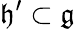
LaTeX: {\mathfrak{h^{\prime}}}\subset{\mathfrak{g}}